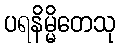
ပရနိမ္မိတေသု